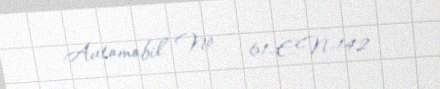
Avtomobil № - 61-EN-142